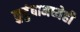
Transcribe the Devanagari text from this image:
कुटुंबामध्येही